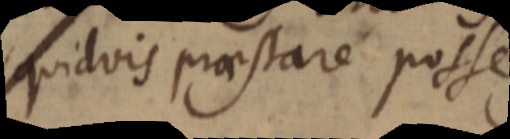
quidvis praestare posse